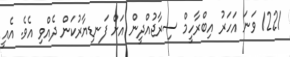
1221 ވަނަ އަހަރު އިބްރާހީމް ސިރާޖުއްދީން އަށް ފަނޑިޔާރުކަން ދެއްވި އެވެ. އެއީ